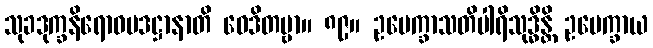
သုခဒုက္ခနိရောဓပဒဋ္ဌာနာတိ ဝေဒိတဗ္ဗာ။ ၈၉။ ဥပေက္ခာသတိပါရိသုဒ္ဓိန္တိ ဥပေက္ခာယ